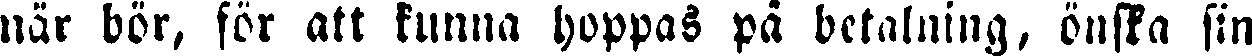
när bör, för att kunna hoppas på betalning, önska sin